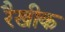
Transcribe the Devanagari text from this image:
रैखीक